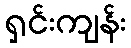
ရှင်းကျန်း